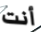
أنت